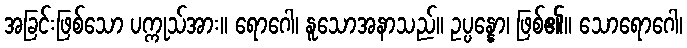
အခြင်းဖြစ်သော ပက္ကုသ်အား။ ရောဂေါ၊ နူသောအနာသည်။ ဥပ္ပန္နော၊ ဖြစ်၏။ သောရောဂေါ၊